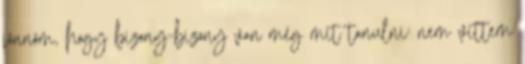
jönnöm, hogy bizony-bizony van még mit tanulni: nem vittem